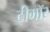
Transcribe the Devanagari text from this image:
टीमॉर